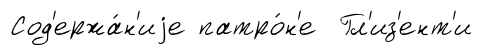
Сод'ержа́н'иjе патро́н'е Гл'из'ент'и